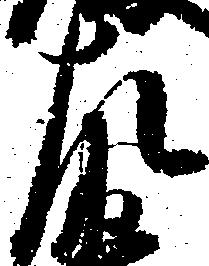
左